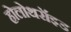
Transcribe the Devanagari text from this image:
होलोथरॉइड